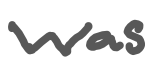
Text: was
Cross-out: clean
Writing tool: digital_gray